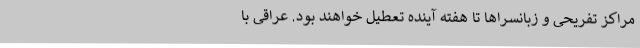
مراکز تفریحی و زبانسراها تا هفته آینده تعطیل خواهند بود. عراقی با